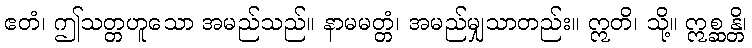
ဧတံ၊ ဤသတ္တဟူသော အမည်သည်။ နာမမတ္တံ၊ အမည်မျှသာတည်း။ ဣတိ၊ သို့။ ဣစ္ဆန္တိ၊